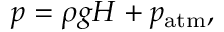
p = \rho g H + p _ { \mathrm { a t m } } ,